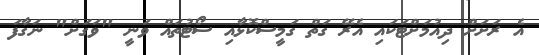
އެ ރަށަށް ދިއުމަށްޓަކައި އެރޭ ގަތް ގަމީސްކޮޅާއި ސޯޓުތައް ވަނީ "ވަގަށް" ނަގާފަ